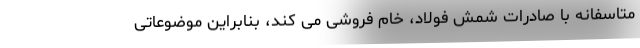
متاسفانه با صادرات شمش فولاد، خام فروشی می کند، بنابراین موضوعاتی